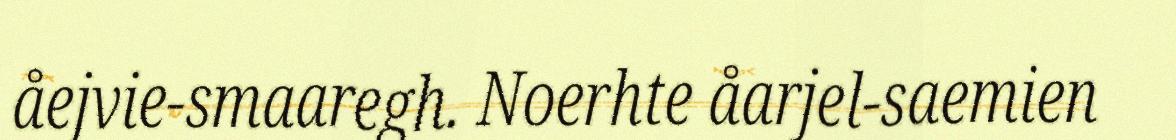
åejvie-smaaregh. Noerhte åarjel-saemien